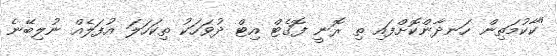
"ކާކުމަތިން ހަނދާންކޮށްފައި ތި ރޮނީ ފޮގެޓް އިޓް ދުވަހަކު ތިކަހަލަ އުފަލެއް ނުލިބޭނެ